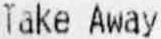
TAKE AWAY